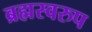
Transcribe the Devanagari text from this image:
ब्रह्मस्वरुप